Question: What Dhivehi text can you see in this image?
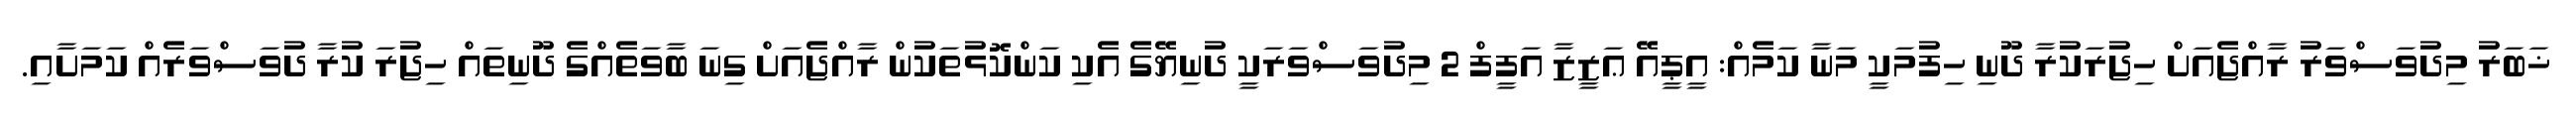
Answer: ޚަބަރު މިދުވަސްވަރު ރާއްޖެއަށް ހިޖުރަކުރާ ދޫނި ހިފުމަކީ މަނާ ކަމެއް: އީޕީއޭ ޢަޒީޒާ އަފީފް 2 މިދުވަސްވަރަކީ ދުނިޔޭގެ އެކި ކަންކޮޅުތަކުން ރާއްޖެއަށް ގިނަ ބާވަތެއްގެ ދޫނިތައް ހިޖުރަ ކުރާ ދުވަސްވަރެއް ކަމަށާއި.